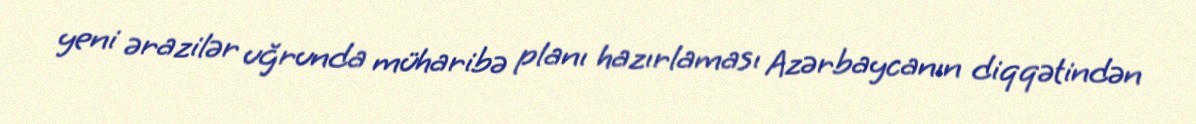
yeni ərazilər uğrunda müharibə planı hazırlaması Azərbaycanın diqqətindən